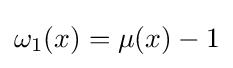
\omega _{1}(x)=\mu (x)-1